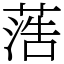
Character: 𦶡